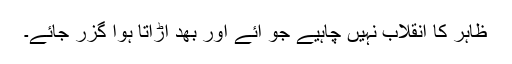
ظاہر کا انقلاب نہیں چاہیے جو آئے اور بھد اڑاتا ہوا گزر جائے۔